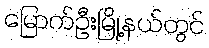
မြောက်ဦးမြို့နယ်တွင်